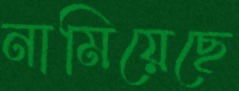
নামিয়েছে